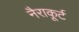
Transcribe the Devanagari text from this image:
नैराकूर्ट